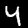
Digit: 4